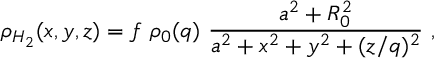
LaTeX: \rho _ { H _ { 2 } } ( x , y , z ) = f ~ { \rho _ { 0 } ( q ) } ~ \frac { a ^ { 2 } + R _ { 0 } ^ { 2 } } { a ^ { 2 } + x ^ { 2 } + y ^ { 2 } + ( z / q ) ^ { 2 } } ~ ,